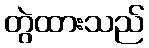
တွဲထားသည်